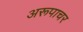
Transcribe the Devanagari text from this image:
अरूपाचर